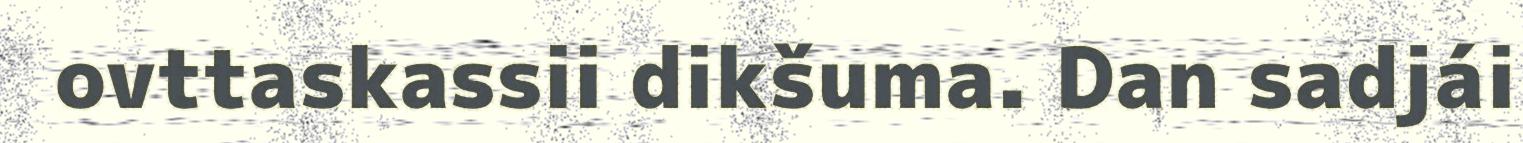
ovttaskassii dikšuma. Dan sadjái